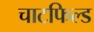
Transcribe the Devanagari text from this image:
चाटफिल्ड